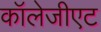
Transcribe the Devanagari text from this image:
कॉलेजीएट